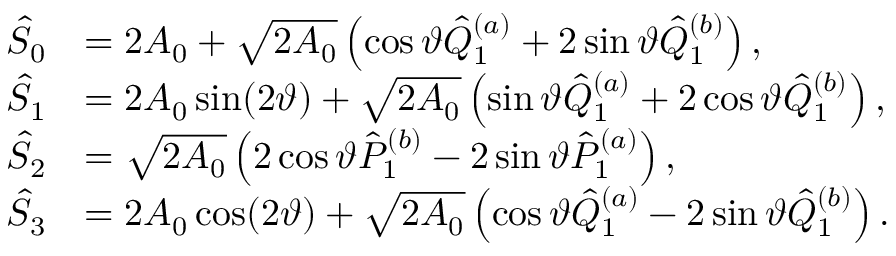
\begin{array} { r l } { \hat { \cal S } _ { 0 } } & { = 2 A _ { 0 } + \sqrt { 2 A _ { 0 } } \left( \cos \vartheta \hat { Q } _ { 1 } ^ { ( a ) } + 2 \sin \vartheta \hat { Q } _ { 1 } ^ { ( b ) } \right) , } \\ { \hat { \cal S } _ { 1 } } & { = 2 A _ { 0 } \sin ( 2 \vartheta ) + \sqrt { 2 A _ { 0 } } \left( \sin \vartheta \hat { Q } _ { 1 } ^ { ( a ) } + 2 \cos \vartheta \hat { Q } _ { 1 } ^ { ( b ) } \right) , } \\ { \hat { \cal S } _ { 2 } } & { = \sqrt { 2 A _ { 0 } } \left( 2 \cos \vartheta \hat { P } _ { 1 } ^ { ( b ) } - 2 \sin \vartheta \hat { P } _ { 1 } ^ { ( a ) } \right) , } \\ { \hat { \cal S } _ { 3 } } & { = 2 A _ { 0 } \cos ( 2 \vartheta ) + \sqrt { 2 A _ { 0 } } \left( \cos \vartheta \hat { Q } _ { 1 } ^ { ( a ) } - 2 \sin \vartheta \hat { Q } _ { 1 } ^ { ( b ) } \right) . } \end{array}